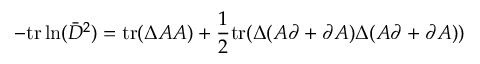
- \mathrm { t r } \ln ( \bar { D } ^ { 2 } ) = \mathrm { t r } ( \Delta A A ) + \frac { 1 } { 2 } \mathrm { t r } ( \Delta ( A \partial + \partial A ) \Delta ( A \partial + \partial A ) )